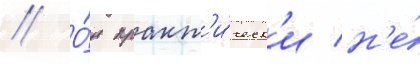
// О́н практ'и́ческ'и н'е́